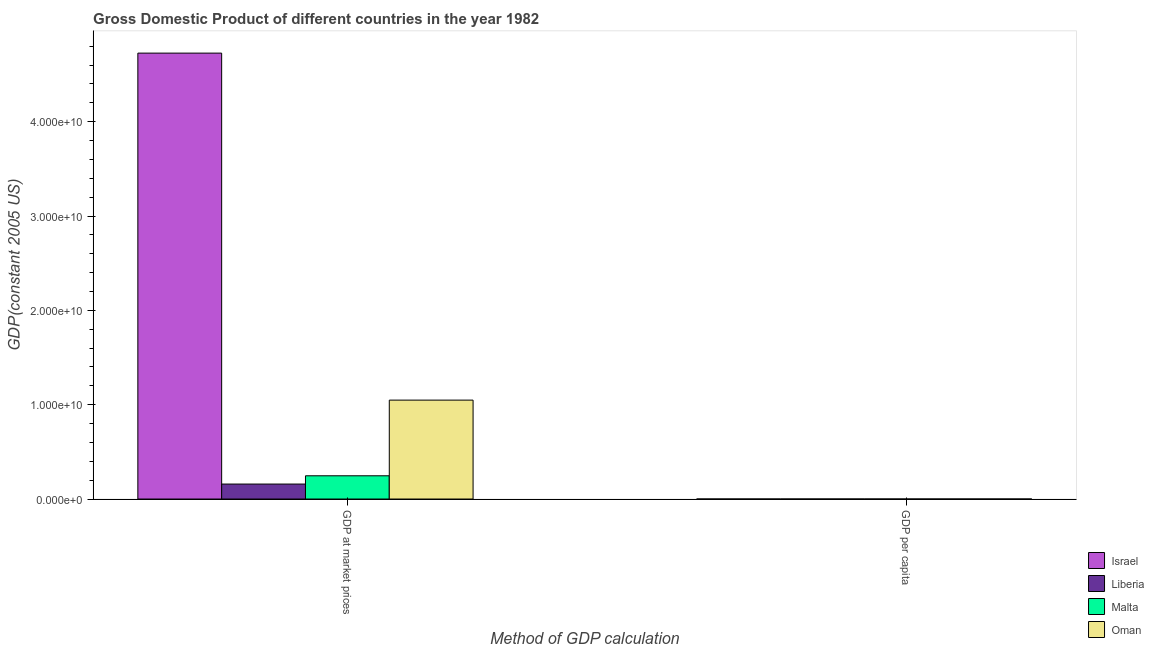
| Method of GDP calculation | Israel | Liberia | Malta | Oman |
 | --- | --- | --- | --- | --- |
 | GDP at market prices | 4.73e+10 | 1.59e+09 | 2.46e+09 | 1.05e+10 |
 | GDP per capita | 1.17e+04 | 780 | 7.56e+03 | 8.13e+03 |